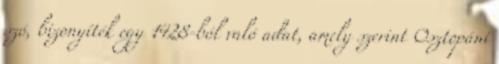
szó, bizonyíték egy 1428-ból való adat, amely szerint Osztopáni